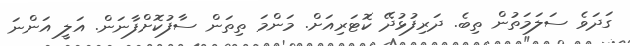
ގަދަވެ ސަލަމަތުން ތިބެ. ދަރިފުޅުދޭ ކޮޓަރިއަށް. މަންމަ ތިތަން ސާފުކޮށްފާނަން. އަލީ އަންނަ